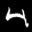
Label: 4